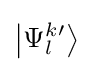
\left|\Psi _{l}^{k}{}^{\prime }\right\rangle